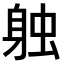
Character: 𫏪